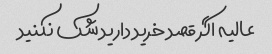
عالیه اگر قصد خرید دارید شک نکنید